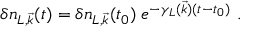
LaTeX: \delta n _ { L , { \vec { k } } } ( t ) = \delta n _ { L , { \vec { k } } } ( t _ { 0 } ) \; e ^ { - \gamma _ { L } ( { \vec { k } } ) ( t - t _ { 0 } ) } ~ .